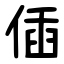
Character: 偛